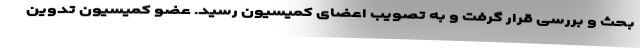
بحث و بررسی قرار گرفت و به تصویب اعضای کمیسیون رسید. عضو کمیسیون تدوین